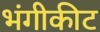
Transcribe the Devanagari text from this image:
भंगीकीट